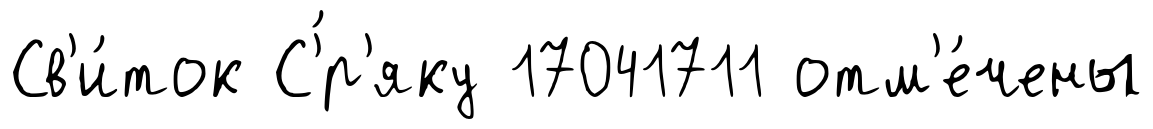
Св'и́ток С'́р'яку 17041711 отм'е́чены